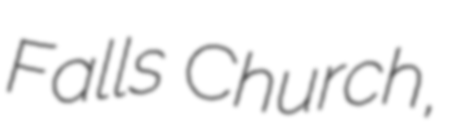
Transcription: Falls Church,